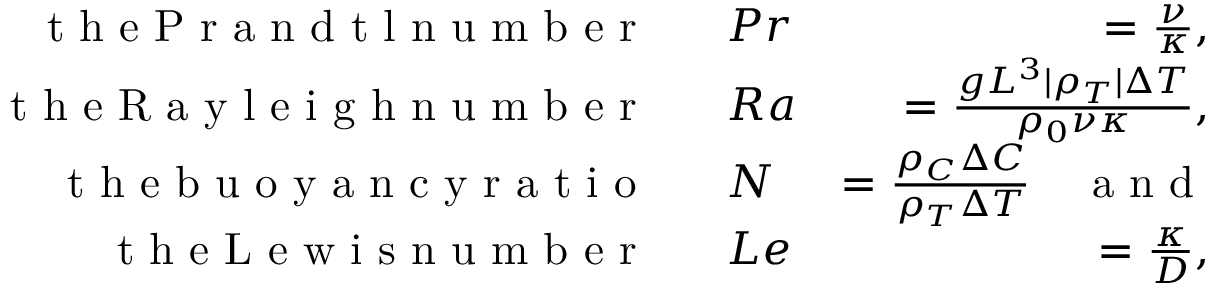
\begin{array} { r l r } { \textrm { t h e P r a n d t l n u m b e r ~ } } & { { } P r } & { = \frac { \nu } { \kappa } , } \\ { \textrm { t h e R a y l e i g h n u m b e r ~ } } & { { } R a } & { = \frac { g L ^ { 3 } | \rho _ { T } | \Delta T } { \rho _ { 0 } \nu \kappa } , } \\ { \textrm { t h e b u o y a n c y r a t i o ~ } } & { { } N } & { = \frac { \rho _ { C } \Delta C } { \rho _ { T } \Delta T } \quad \textrm { a n d } } \\ { \textrm { t h e L e w i s n u m b e r ~ } } & { { } L e } & { = \frac { \kappa } { D } , } \end{array}